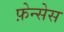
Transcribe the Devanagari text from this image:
फ़ेन्सेस